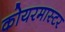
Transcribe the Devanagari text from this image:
कोयरमास्टर